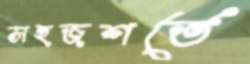
সহজশর্তে